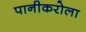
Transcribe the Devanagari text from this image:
पानीकरोला